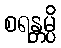
စရန္တမ္ပိ